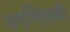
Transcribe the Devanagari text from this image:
समन्वितकी